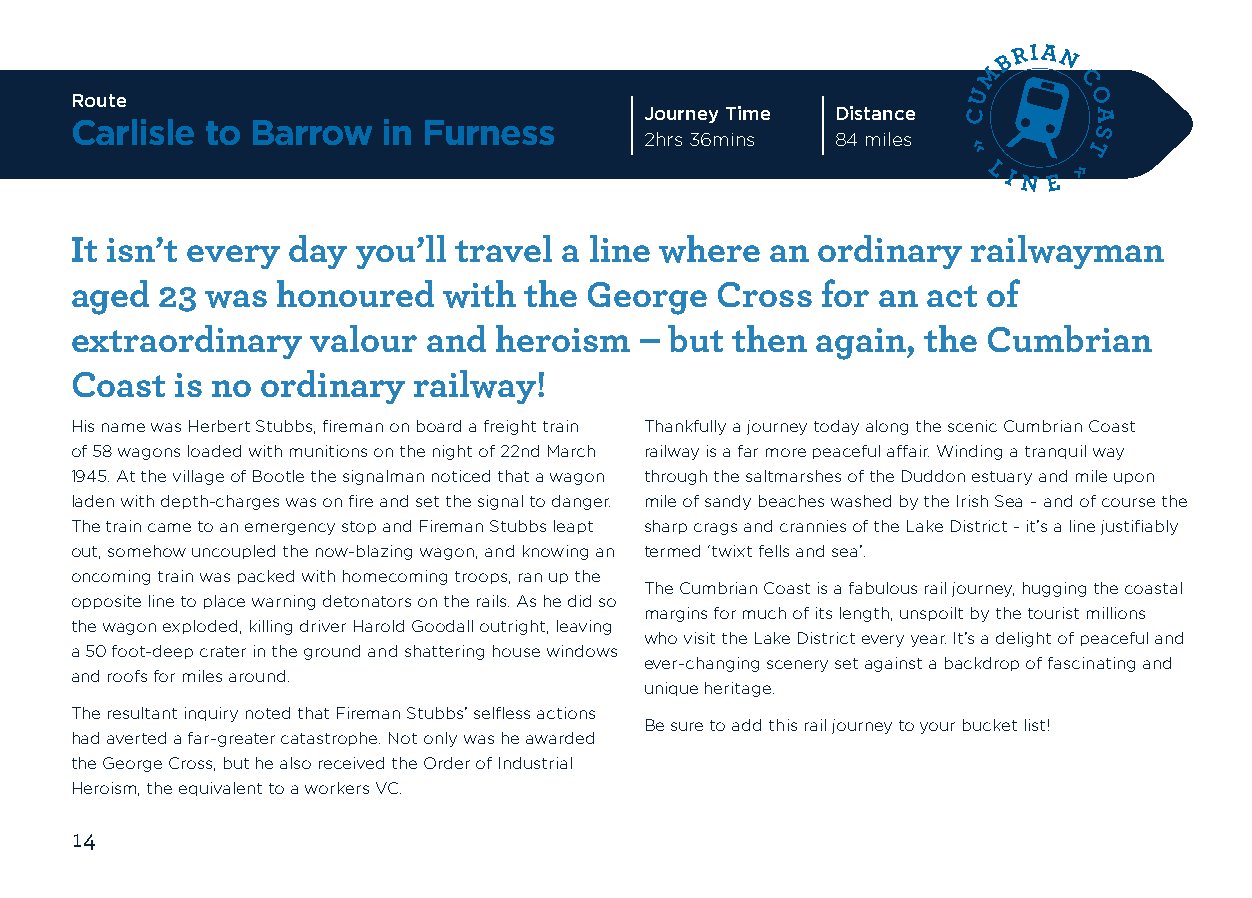
Route
 Journey Time Distance
 Carlisle to Barrow  in Furness
 2hrs 36mins 84 miles
 It isn’t every day you’ll travel a line where an ordinary  railwayman
 aged  23 was honoured   with  the George  Cross  for an act of
 extraordinary   valour and  heroism  – but then  again, the Cumbrian
 Coast  is no ordinary railway!
 His name was Herbert Stubbs, fireman on board a freight train Thankfully a journey today along the scenic Cumbrian Coast
 of 58 wagons loaded with munitions on the night of 22nd March railway is a far more peaceful affair. Winding a tranquil way
 1945. At the village of Bootle the signalman noticed that a wagon through the saltmarshes of the Duddon estuary and mile upon
 laden with depth-charges was on fire and set the signal to danger. mile of sandy beaches washed by the Irish Sea – and of course the
 The train came to an emergency stop and Fireman Stubbs leapt sharp crags and crannies of the Lake District - it’s a line justifiably
 out, somehow uncoupled the now-blazing wagon, and knowing an termed ‘twixt fells and sea’.
 oncoming train was packed with homecoming troops, ran up the
 The Cumbrian Coast is a fabulous rail journey, hugging the coastal
 opposite line to place warning detonators on the rails. As he did so
 margins for much of its length, unspoilt by the tourist millions
 the wagon exploded, killing driver Harold Goodall outright, leaving
 who visit the Lake District every year. It’s a delight of peaceful and
 a 50 foot-deep crater in the ground and shattering house windows
 ever-changing scenery set against a backdrop of fascinating and
 and roofs for miles around.
 unique heritage.
 The resultant inquiry noted that Fireman Stubbs’ selfless actions
 Be sure to add this rail journey to your bucket list!
 had averted a far-greater catastrophe. Not only was he awarded
 the George Cross, but he also received the Order of Industrial
 Heroism, the equivalent to a workers VC.
 14